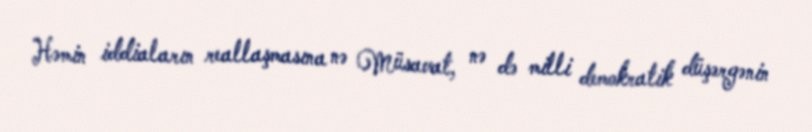
Həmin iddiaların reallaşmasına nə Müsavat, nə də milli demokratik düşərgənin